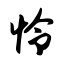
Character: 怜